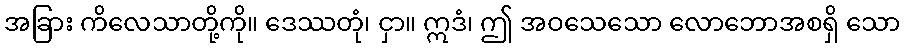
အခြား ကိလေသာတို့ကို။ ဒေဿတုံ၊ ငှာ။ ဣဒံ၊ ဤ အဝသေသော လောဘောအစရှိ သော